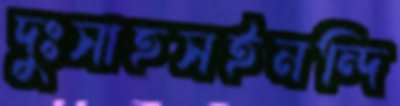
দুঃসাহসইনন্দি